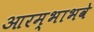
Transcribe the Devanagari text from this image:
आरम्भाभवे